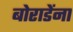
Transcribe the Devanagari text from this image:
बोराडेंना